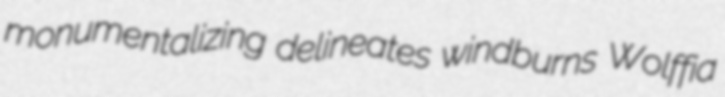
monumentalizing delineates windburns Wolffia